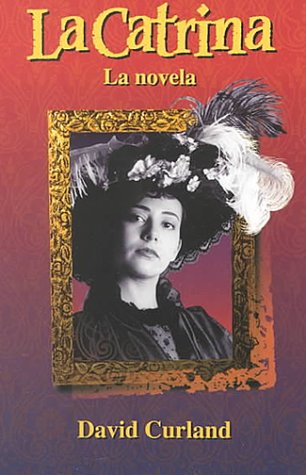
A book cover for La Catrina: La novela; Addison Wesley; Teen & Young Adult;